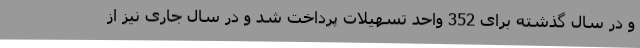
و در سال گذشته برای 352 واحد تسهیلات پرداخت شد و در سال جاری نیز از